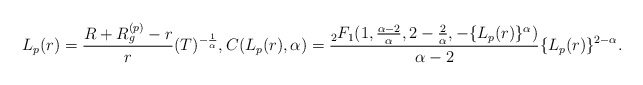
\begin{align*}L_p(r)= \frac{R+R_g^{(p)}-r}{r}(T)^{-\frac{1}{\alpha}}, C(L_p(r),\alpha)=\frac{{}_2 F_1(1,\frac{\alpha-2}{\alpha},2-\frac{2}{\alpha},-\{L_p(r)\}^\alpha)}{\alpha-2}\{L_p(r)\}^{2-\alpha} .\end{align*}